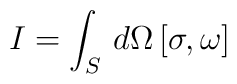
I = \int_{S} \, d\Omega \, [\sigma,\omega]